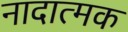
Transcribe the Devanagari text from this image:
नादात्मक